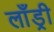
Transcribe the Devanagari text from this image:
लाँड्री